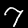
Label: 7